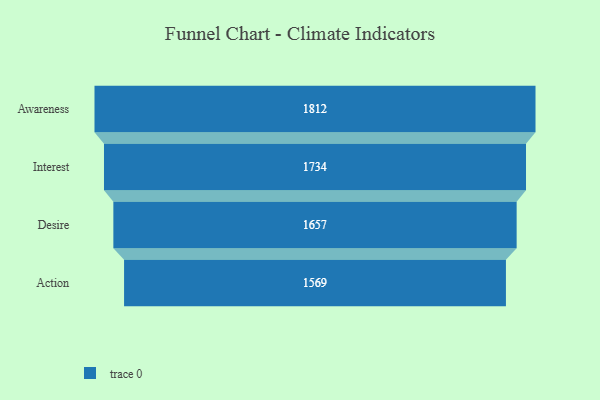
{"axis": {"x": "Stage", "y": "Value"}, "legend": [""], "data": [{"x": "Awareness", "y": 1812.0, "type": ""}, {"x": "Interest", "y": 1734.0, "type": ""}, {"x": "Desire", "y": 1657.0, "type": ""}, {"x": "Action", "y": 1569.0, "type": ""}]}